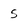
Character: s